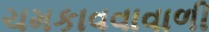
ચમકાવવાવાળી